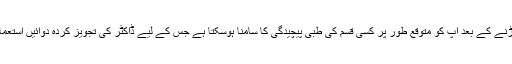
سگریٹ نوشی چھوڑنے کے بعد آپ کو متوقع طور پر کسی قسم کی طبی پیچیدگی کا سامنا ہوسکتا ہے جس کے لیے ڈاکٹر کی تجویز کردہ دوائیں استعمال کی جا سکتی ہیں۔